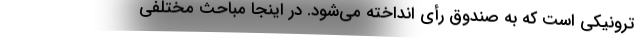
ترونیکی است که به صندوق رأی انداخته می‌شود. در اینجا مباحث مختلفی